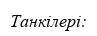
Танкілері: